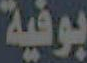
بوفية